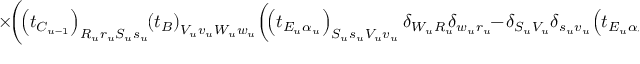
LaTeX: \times \! \bigg ( \! \! \left( t _ { C _ { u - 1 } } \right) _ { R _ { u } r _ { u } S _ { u } s _ { u } } \! \! \left( t _ { B } \right) _ { V _ { u } v _ { u } W _ { u } w _ { u } } \! \left( \! \left( t _ { E _ { u } \alpha _ { u } } \right) _ { S _ { u } s _ { u } V _ { u } v _ { u } } \delta _ { W _ { u } R _ { u } } \! \! \delta _ { w _ { u } r _ { u } } \! \! - \! \delta _ { S _ { u } V _ { u } } \delta _ { s _ { u } v _ { u } } \! \left( t _ { E _ { u } \alpha _ { u } } \! \right) _ { W _ { u } w _ { u } R _ { u } r _ { u } } \! \right) \! \! \bigg ) \! \times